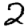
Digit: 2